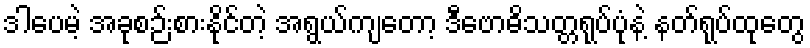
ဒါပေမဲ့ အခုစဉ်းစားနိုင်တဲ့ အရွယ်ကျတော့ ဒီဗောဓိသတ္တရုပ်ပုံနဲ့ နတ်ရုပ်ထုတွေ